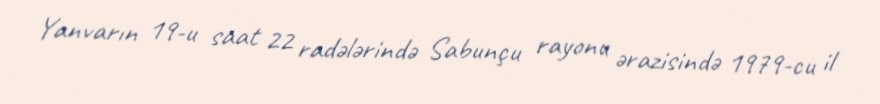
Yanvarın 19-u saat 22 radələrində Sabunçu rayonu ərazisində 1979-cu il